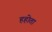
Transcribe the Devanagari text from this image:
हहोता